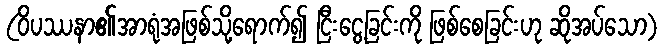
(ဝိပဿနာ၏အာရုံအဖြစ်သို့ရောက်၍ ငြီးငွေ့ခြင်းကို ဖြစ်စေခြင်းဟု ဆိုအပ်သော)